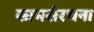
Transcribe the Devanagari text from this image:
कामसंरचना